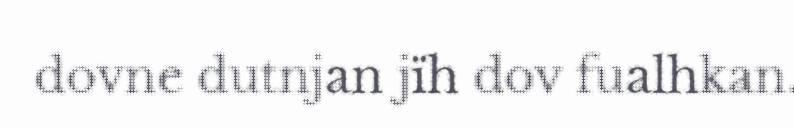
dovne dutnjan jïh dov fualhkan.